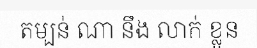
តម្បន់ ណា នឹង លាក់ ខ្លួន